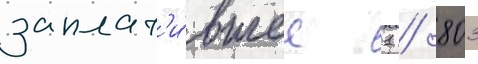
заплат'и́вшее 1 / 803